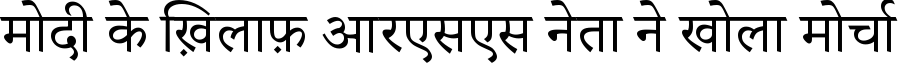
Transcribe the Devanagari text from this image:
मोदी के ख़िलाफ़ आरएसएस नेता ने खोला मोर्चा